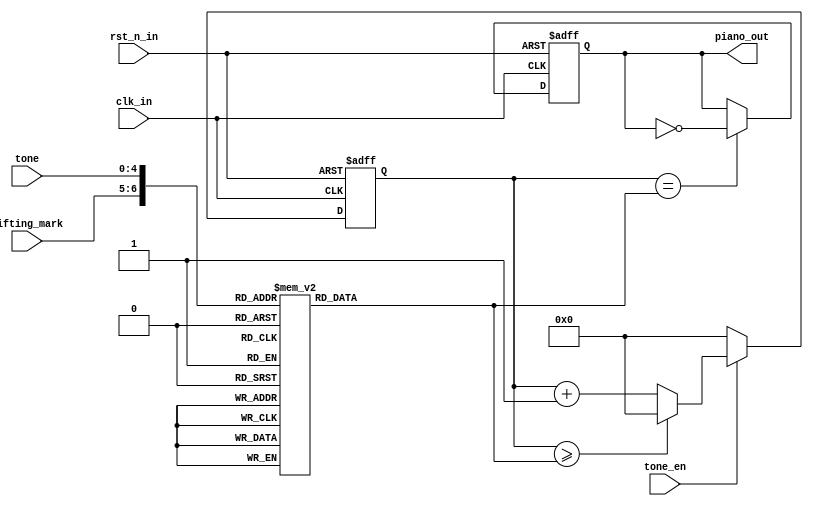
`timescale 1ns / 1ps
//////////////////////////////////////////////////////////////////////////////////
// Company: 
// Engineer: 
// 
// Design Name: 
// Module Name: Beeper
// Project Name: 
// Target Devices: 
// Tool Versions: 
// Description: 
// 
// Dependencies: 
// 
// Revision:
// Revision 0.01 - File Created
// Additional Comments:
// 
//////////////////////////////////////////////////////////////////////////////////

module Beeper//
(
input					clk_in,		//
input					rst_n_in,	//
input					tone_en,	//
input			[4:0]	tone,		//
input 			[1:0]	lifting_mark,//
output	reg				piano_out	//
);

reg [17:0] time_end;
//
//1261.6Hz100M/261.6/2
always@(tone) begin
	case({lifting_mark[1:0],tone[4:0]})
		//
		7'd1:	time_end =	18'd191109;	//L1,
		7'd2:	time_end =	18'd170265;	//L2,
		7'd3:	time_end =	18'd151685;	//L3,
		7'd4:	time_end =	18'd143172;	//L4,
		7'd5:	time_end =	18'd127551;	//L5,
		7'd6:	time_end =	18'd113636;	//L6,
		7'd7:	time_end =	18'd101239;	//L7,
		7'd8:	time_end =	18'd95557;	//M1,
		7'd9:	time_end =	18'd85131;	//M2,
		7'd10:	time_end =	18'd75843;	//M3,
		7'd11:	time_end =	18'd71586;	//M4,
		7'd12:	time_end =	18'd63776;	//M5,
		7'd13:	time_end =	18'd56818;	//M6,
		7'd14:	time_end =	18'd50619;	//M7,
		7'd15:	time_end =	18'd47778;	//H1,
		7'd16:	time_end =	18'd42566;	//H2,
		7'd17:	time_end =	18'd37921;	//H3,
		7'd18:	time_end =	18'd35793;	//H4,
		7'd19:	time_end =	18'd31888;	//H5,
		7'd20:	time_end =	18'd28409;	//H6,
		7'd21:	time_end =	18'd25307;	//H7,
		//		
		7'd65:time_end=18'd180388;
		7'd66:time_end=18'd160705;
		7'd67:time_end=18'd151685;
		7'd68:time_end=18'd135139;
		7'd69:time_end=18'd120395;
		7'd70:time_end=18'd107259;
		7'd71:time_end=18'd101239;
		
		7'd72:time_end=18'd90192;
		7'd73:time_end=18'd80354;
		7'd74:time_end=18'd75843;
		7'd75:time_end=18'd67568;
		7'd76:time_end=18'd60197;
		7'd77:time_end=18'd53629;
		7'd78:time_end=18'd50619;
		
		7'd79:time_end=18'd45097;
		7'd80:time_end=18'd40176;
		7'd81:time_end=18'd37922;
		7'd82:time_end=18'd33784;
		7'd83:time_end=18'd30098;
		7'd84:time_end=18'd26815;
		7'd85:time_end=18'd25307;
		
		//
		7'd33:time_end=18'd191109;
		7'd34:time_end=18'd180388;
		7'd35:time_end=18'd160705;
		7'd36:time_end=18'd143172;
		7'd37:time_end=18'd135139;
		7'd38:time_end=18'd120395;
		7'd39:time_end=18'd107259;
		
		7'd40:time_end=18'd95557;		
		7'd41:time_end=18'd90192;
		7'd42:time_end=18'd80354;
		7'd43:time_end=18'd71586;
		7'd44:time_end=18'd67568;
		7'd45:time_end=18'd60197;
		7'd46:time_end=18'd53629;
		
		7'd47:time_end=18'd47778;		
		7'd48:time_end=18'd45097;
		7'd49:time_end=18'd40176;
		7'd50:time_end=18'd35793;
		7'd51:time_end=18'd33784;
		7'd52:time_end=18'd30098;
		7'd53:time_end=18'd26815;
		default:time_end =	18'd1;	
	endcase
end
 
reg [17:0] time_cnt;
//
always@(posedge clk_in or negedge rst_n_in) begin
	if(!rst_n_in) begin
		time_cnt <= 1'b0;
	end else if(!tone_en) begin
		time_cnt <= 1'b0;
	end else if(time_cnt>=time_end) begin
		time_cnt <= 1'b0;
	end else begin
		time_cnt <= time_cnt + 1'b1;
	end
end
 
//
always@(posedge clk_in or negedge rst_n_in) begin
	if(!rst_n_in) begin
		piano_out <= 1'b0;
	end else if(time_cnt==time_end) begin
		piano_out <= ~piano_out;	//1Hz
	end else begin
		piano_out <= piano_out;
	end
end
 
endmodule